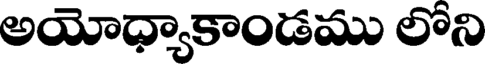
అయోధ్యాకాండము లోని